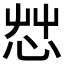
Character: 𢘿